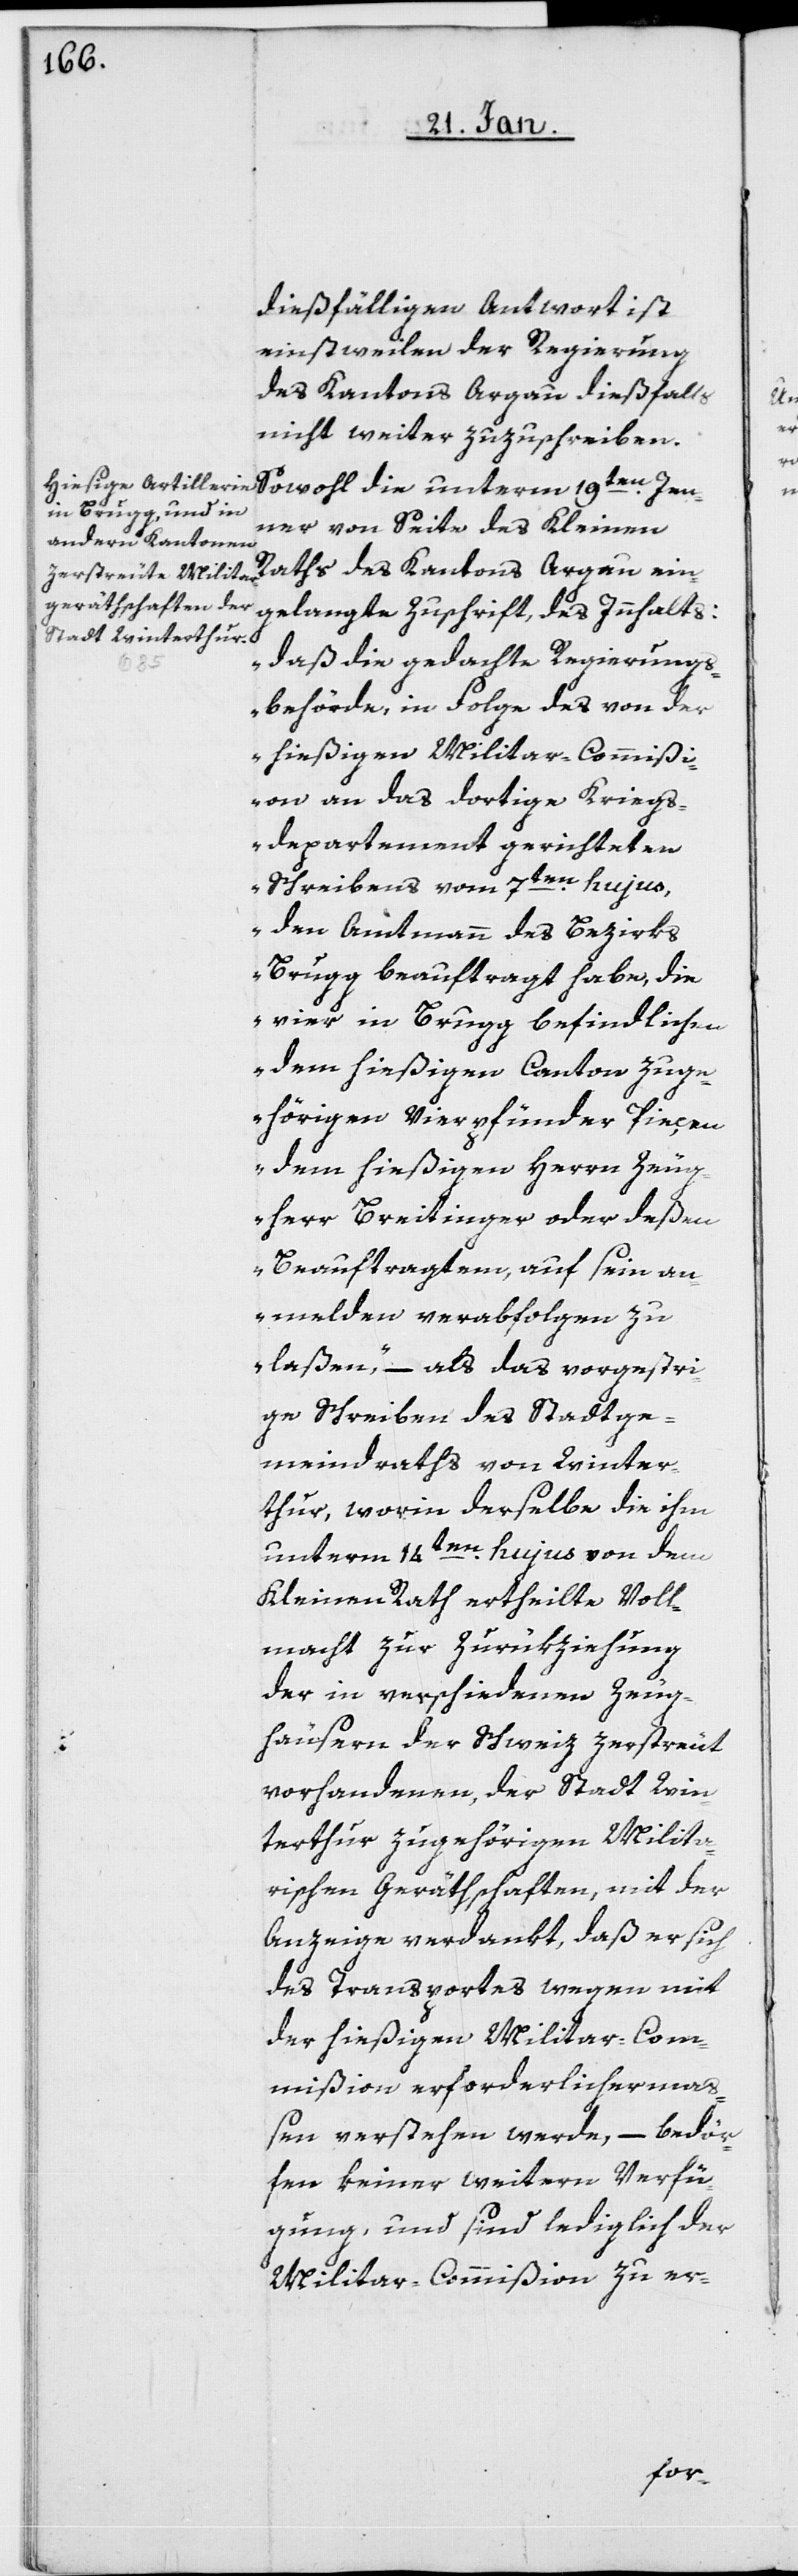
dießfälligen Antwort ist
einstweilen der Regierung
des Kantons Argau dießfalls
nicht weiter zuzuschreiben.
Jenner von Seite des Kleinen
Raths des Kantons Argau ein¬
gelangte Zuschrift, des Innhalts:
„daß die gedachte Regierungs¬
behörde, in Folge des von der
hießigen Militar-Commißi¬
on an das dortige Kriegs¬
departement gerichteten
Schreibens vom 7ten. hujus,
den Amtmann des Bezirks
Brugg beauftragt habe, die
vier in Brugg befindlichen,
dem hießigen Canton zuge¬
hörigen Vierpfünder Pieçen
dem hießigen Herrn Zeug¬
herr Breitinger oder deßen
Beauftragtem, auf sein an¬
melden verabfolgen zu
laßen“ – als das vorgestri¬
ge Schreiben des Stadtge¬
meindraths von Winter¬
thur, worin derselbe die ihm
unterm 14ten. hujus von dem
Kleinen Rath ertheilte Voll¬
macht zur Zurükziehung
der in verschiedenen Zeug¬
häusern der Schweiz zerstreut
vorhandenen, der Stadt Win¬
terthur zugehörigen Milita¬
rischen Geräthschaften, mit der
Anzeige verdankt, daß er sich
des Transportes wegen mit
der hießigen Militar-Com¬
mißion erforderlicherma¬
ßen verstehen werde, – bedör¬
fen keiner weitern Verfü¬
gung, und sind lediglich der
Militar-Commißion zu er-